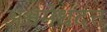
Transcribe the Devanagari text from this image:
अश्वमेधदंत्त